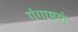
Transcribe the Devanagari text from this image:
गंगाष्टकं